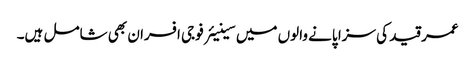
عمر قید کی سزا پانے والوں میں سینیئر فوجی افسران بھی شامل ہیں۔